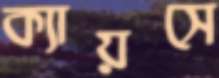
ক্যায়সে